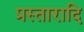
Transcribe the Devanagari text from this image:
प्रस्तारादि